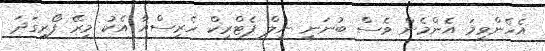
އެހެންވީމަ އެންމެން ވެސް ބުނަނީ ނީލް ޕެޓްރިކް ހެރިސްއާ އެކު މިރޭ ފޯރިގަދަ